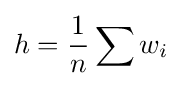
h={\frac {1}{n}}\sum {w_{i}}